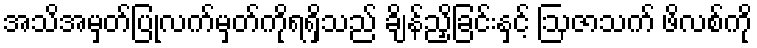
အသိအမှတ်ပြုလက်မှတ်ကိုရရှိသည် ချိန်ညှိခြင်းနှင့် ဩဇာသက် ဖိလစ်ကို